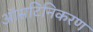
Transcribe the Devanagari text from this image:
ऑसटिनिकरण